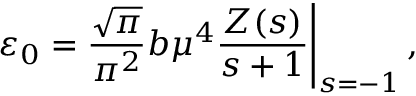
\left. \varepsilon _ { 0 } = \frac { \sqrt { \pi } } { \pi ^ { 2 } } b \mu ^ { 4 } \frac { Z ( s ) } { s + 1 } \right| _ { s = - 1 } ,